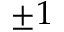
\pm 1